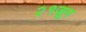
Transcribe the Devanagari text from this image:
२१जून